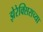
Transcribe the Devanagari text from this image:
झेरेक्सिसच्या